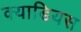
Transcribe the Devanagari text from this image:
क्याडियस